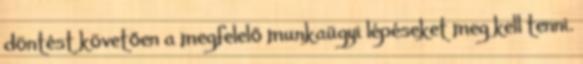
döntést követően a megfelelő munkaügyi lépéseket meg kell tenni.